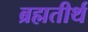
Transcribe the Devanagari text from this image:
ब्रह्मतीर्थ